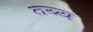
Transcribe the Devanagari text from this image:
तय्य